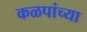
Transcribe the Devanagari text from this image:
कळपांच्या